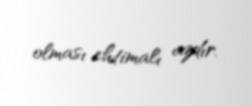
olması ehtimalı azdır.